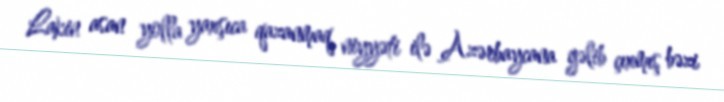
Lakin asan yolla yaxşıca qazanmaq niyyəti ilə Azərbaycana gəlib çıxmış bəzi